Report on vaccination in Madras 1895-1903 - 1895-1903
Year: 1895
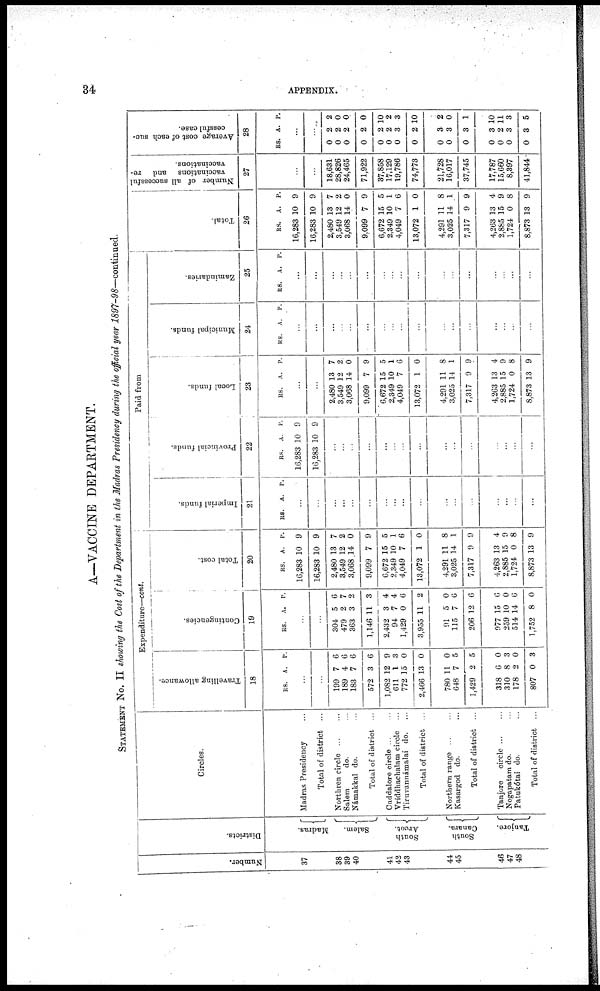
34
APPENDIX.
A—VACCINE DEPARTMENT.
STATEMENT No. II showing the Cost of the Department in the Madras Presidency during the official year 1897-98—continued.
Number.
37
38
39
40
41
42
43
44
45
46
47
48
Districts.
Madras.
Salem.
South
Arcot.
South
Canara.
Tanjore.
Circles.
Madras Presidency...
Total of district ...
Northren
circle...
...
Salem
do. ...
Námakkal do. ...
Total of district ...
Cuddalore circle...
...
Vriddhachalam circle
Tirnvannámalai do. ...
Total of district ...
Northern range... ...
Kasargod do. ...
Total of district ...
Tanjore circle... ...
Negapatam do. ...
Patukótai do. ...
Total of district ...
Expenditure—cont.
Travelling allowance.
18
RS. A. P.
...
...
199
189
183
572
1,082
611
772
2,466
780
648
1,429
318
310
178
807
7
4
7
3
12
1
15
13
11
7
2
6
8
2
0
6
6
6
6
9
3
0
0
0
5
5
0
3
0
3
Contingencies.
19
RS. A. P.
...
...
304
479
363
1,146
2,432
94
1,429
3,955
91
115
206
977
259
514
1,752
5
2
3
11
3
7
0
11
5
7
12
15
10
14
8
6
7
2
3
4
4
6
2
0
6
6
6
0
6
0
Total cost.
20
RS.
16,283
16,283
2,480
3,549
3,068
9,099
6,672
2,349
4,049
13,072
4,291
3,025
7,317
4,263
2,885
1,724
8,873
A.
10
10
13
12
14
7
15
10
7
1
11
14
9
13
15
0
13
P.
9
9
7
2
0
9
5
1
6
0
8
1
9
4
9
8
9
Paid from
Imperial funds.
21
RS. A. P.
...
...
...
...
...
...
...
...
...
...
...
...
...
...
...
...
...
Provincial funds.
22
RS.
16,283
16,283
A.
10
10
P.
9
9
...
...
...
...
...
...
...
...
...
...
...
...
...
...
...
Local funds.
23
RS. A. P.
...
...
2,480
3,549
3,068
9,099
6,672
2,349
4,049
13,072
4,291
3,025
7,317
4,263
2,885
1,724
8,873
13
12
14
7
15
10
7
1
11
14
9
13
15
0
13
7
2
0
9
5
1
6
0
8
1
9
4
9
8
9
Municipal funds.
24
RS. A. P.
...
...
...
...
...
...
...
...
...
...
...
...
...
...
...
...
...
Zamindaries.
25
RS. A. P.
...
...
...
...
...
...
...
...
...
...
...
...
...
...
...
...
...
Total.
26
RS.
16,283
16,283
2,480
3,549
3,068
9,099
6,672
2,349
4,049
13,072
4,291
3,025
7,317
4,263
2,885
1,724
8,873
A.
10
10
13
12
14
7
15
10
7
1
11
14
9
13
15
0
13
P.
9
9
7
2
0
9
5
1
6
0
8
1
9
4
9
8
9
Number of all successful
vaccinations and re-
vaccinations.
27
...
...
18,631
28,826
24,465
71,922
37,858
17,129
19,786
74,773
21,728
16,017
37,745
17,787
15,660
8,397
41,844
Average cost of each suc-
cessful case.
28
RS. A P.
...
...
0
0
0
0
0
0
0
0
0
0
0
0
0
0
0
2
2
2
2
2
2
3
2
3
3
3
3
2
3
8
2
0
0
0
10
2
3
10
2
0
1
10
11
3
5